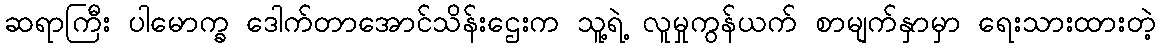
ဆရာကြီး ပါမောက္ခ ဒေါက်တာအောင်သိန်းဌေးက သူ့ရဲ့ လူမှုကွန်ယက် စာမျက်နှာမှာ ရေးသားထားတဲ့